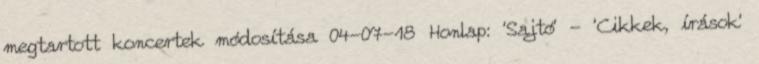
megtartott koncertek módosítása 04-07-18 Honlap: 'Sajtó' - 'Cikkek, írások'